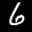
Label: 6